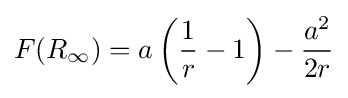
F(R_{\infty })=a\left({\frac {1}{r}}-1\right)-{\frac {a^{2}}{2r}}